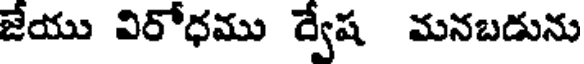
జేయు విరోధము ర్వేష మనబడును